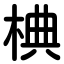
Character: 椣